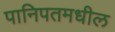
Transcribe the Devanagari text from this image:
पानिपतमधील